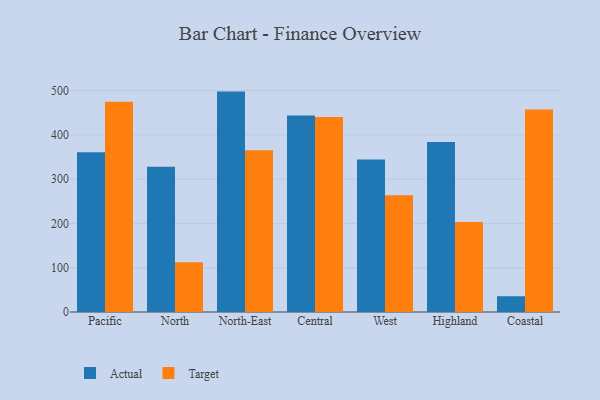
{"axis": {"x": "Region", "y": "Market Share (%)"}, "legend": ["Actual", "Target"], "data": [{"x": "Pacific", "y": 360.7, "type": "Actual"}, {"x": "Pacific", "y": 474.8, "type": "Target"}, {"x": "North", "y": 328.2, "type": "Actual"}, {"x": "North", "y": 112.6, "type": "Target"}, {"x": "North-East", "y": 497.8, "type": "Actual"}, {"x": "North-East", "y": 365.3, "type": "Target"}, {"x": "Central", "y": 444.1, "type": "Actual"}, {"x": "Central", "y": 440.3, "type": "Target"}, {"x": "West", "y": 344.7, "type": "Actual"}, {"x": "West", "y": 263.8, "type": "Target"}, {"x": "Highland", "y": 384.0, "type": "Actual"}, {"x": "Highland", "y": 203.5, "type": "Target"}, {"x": "Coastal", "y": 35.6, "type": "Actual"}, {"x": "Coastal", "y": 457.3, "type": "Target"}]}